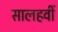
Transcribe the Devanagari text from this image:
सालहवीं